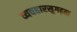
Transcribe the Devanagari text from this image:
व्यवहारसुगढ़ता